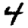
Digit: 4